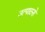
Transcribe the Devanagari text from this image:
उत्पादनो